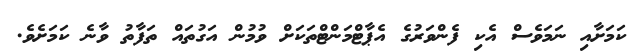
ކަމަށާއި ނަމަވެސް އެކި ފެންވަރުގެ އެޕާޓްމަންޓްތަކަށް ވުމުން އަގުތައް ތަފާތު ވާނެ ކަމަށެވެ.